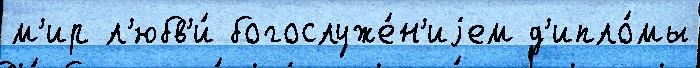
м'ир л'юбв'и́ богослуже́н'иjем д'ипло́мы